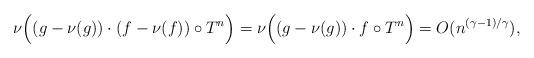
LaTeX: \begin{align*} \nu\Big((g-\nu(g))\cdot (f-\nu(f))\circ T^n \Big)= \nu \Big((g-\nu(g))\cdot f \circ T^n\Big) = O(n^{(\gamma-1)/\gamma}),\end{align*}